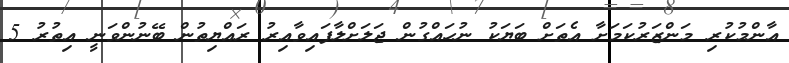
އާންމުކުރި މަންޒަރުކަމަށާ އެތަށް ބަޔަކު ނުހައްގުން ޖަަލަށްލާފައިވާއިރު ރައްޔިތުން ބޭނުންވަނީ އިތުރު 5